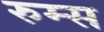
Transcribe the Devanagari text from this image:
रुम्स